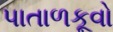
પાતાળકૂવો